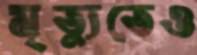
মৃত্যুতেও